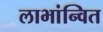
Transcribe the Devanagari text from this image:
लाभांन्वित